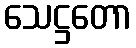
သေဋ္ဌတော